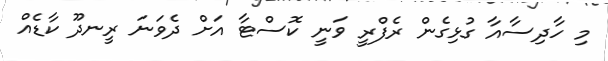
މި ހާދިސާއާ ގުޅިގެން ރެފްރީ ވަނީ ކޮސްޓާ އަށް ދެވަނަ ރީނދޫ ކާޑެއް